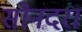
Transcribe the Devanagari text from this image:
सोनदरा